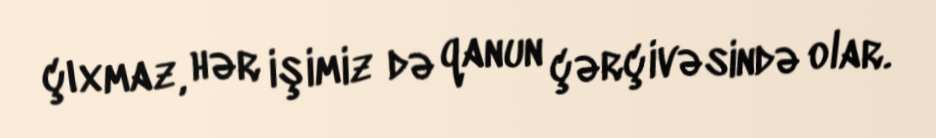
çıxmaz, hər işimiz də qanun çərçivəsində olar.